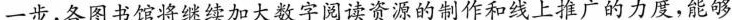
一步，各图书馆将继续加大数字阅读资源的制作和线上推广的力度，能够